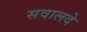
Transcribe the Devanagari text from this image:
सवालदे